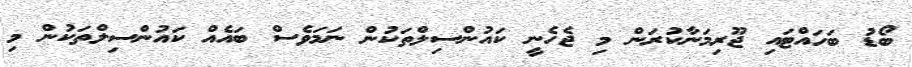
ބޯޑު ބަހައްޓައި ޖޫރިމަނާކުރަން މި ޖެހެނީ ކައުންސިލްތަކުން ނަމަވެސް ބައެއް ކައުންސިލްތަކުން މި